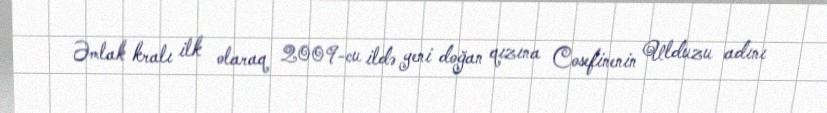
Əmlak kralı ilk olaraq 2009-cu ildə yeni doğan qızına Cosefinenin Ulduzu adını